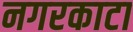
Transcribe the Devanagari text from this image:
नगरकाटा